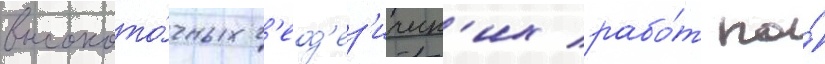
высокото́чных г'еод'ез'ическ'их рабо́т по́